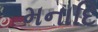
મનાદિ